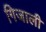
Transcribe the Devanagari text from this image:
गिजाली